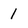
Character: 1